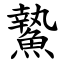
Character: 䲀